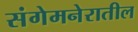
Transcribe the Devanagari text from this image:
संगेमनेरातील